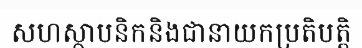
សហស្ថាបនិកនិងជានាយកប្រតិបត្តិ